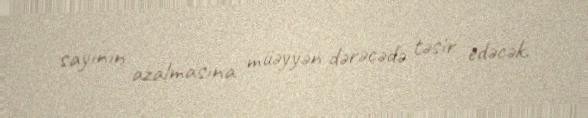
sayının azalmasına müəyyən dərəcədə təsir edəcək.